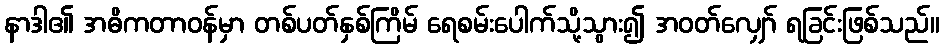
နာဒါ၏ အဓိကတာဝန်မှာ တစ်ပတ်နှစ်ကြိမ် ရေစမ်းပေါက်သို့သွား၍ အဝတ်လျှော် ရခြင်းဖြစ်သည်။